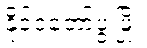
နိုင်ငံတော်ဖွံ့ဖြိုး